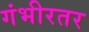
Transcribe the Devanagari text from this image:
गंभीरतर